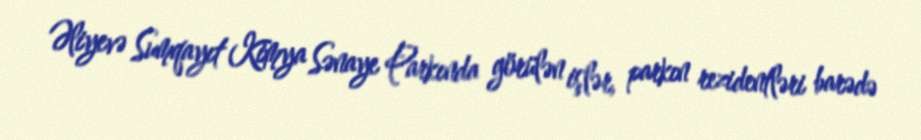
Əliyevə Sumqayıt Kimya Sənaye Parkında görülən işlər, parkın rezidentləri barədə